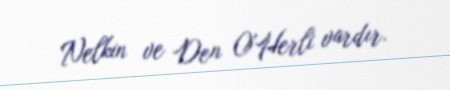
Nelkin ve Den O'Herli vardır.